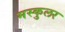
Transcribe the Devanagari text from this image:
मस्कुलर